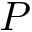
P